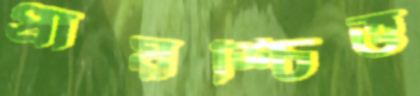
প্রায়শ্চিত্ত